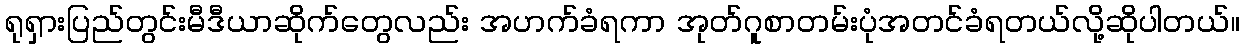
ရုရှားပြည်တွင်းမီဒီယာဆိုက်တွေလည်း အဟက်ခံရကာ အုတ်ဂူစာတမ်းပုံအတင်ခံရတယ်လို့ဆိုပါတယ်။